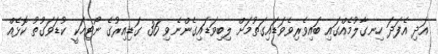
އަދި އެފަދަ ހިނގާލުމެއްގައި ބައިވެރިވެވަޑައިގަތުމަށް ލިބިވަޑައިގެންނެވި 36 ގަޑިއިރުގެ ނޯޓިހަކީ ކުޑަވަގުތު ކޮޅެއް